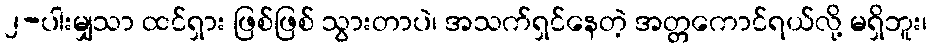
၂-ပါးမျှသာ ထင်ရှား ဖြစ်ဖြစ် သွားတာပဲ၊ အသက်ရှင်နေတဲ့ အတ္တကောင်ရယ်လို့ မရှိဘူး၊